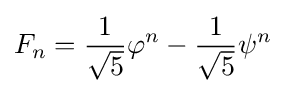
F_{n}={\frac {1}{\sqrt {5}}}\varphi ^{n}-{\frac {1}{\sqrt {5}}}\psi ^{n}